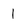
Character: l